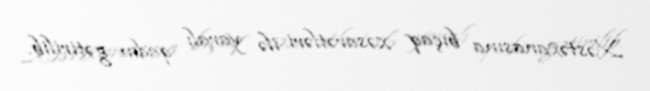
Xəstəxanasına bıçaq xəsarətləri ilə yaralı qadın gətirilib.